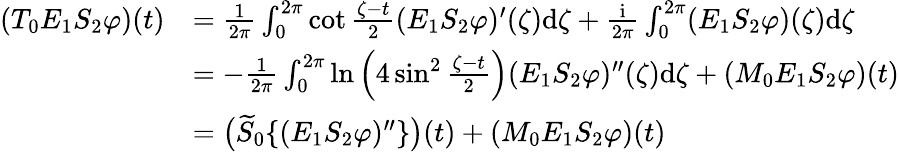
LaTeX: \begin{array}{rl}{(T_{0}E_{1}S_{2}\varphi)(t)}&{=\frac{1}{2\pi}\int_{0}^{2\pi}\cot\frac{\zeta-t}{2}(E_{1}S_{2}\varphi)^{\prime}(\zeta)\mathrm{d}\zeta+\frac{\mathrm{i}}{2\pi}\int_{0}^{2\pi}(E_{1}S_{2}\varphi)(\zeta)\mathrm{d}\zeta}\\ &{=-\frac{1}{2\pi}\int_{0}^{2\pi}\ln\Big(4\sin^{2}\frac{\zeta-t}{2}\Big)(E_{1}S_{2}\varphi)^{\prime\prime}(\zeta)\mathrm{d}\zeta+(M_{0}E_{1}S_{2}\varphi)(t)}\\ &{=\big(\widetilde{S}_{0}\{ (E_{1}S_{2}\varphi)^{\prime\prime}\} \big)(t)+(M_{0}E_{1}S_{2}\varphi)(t)}\end{array}